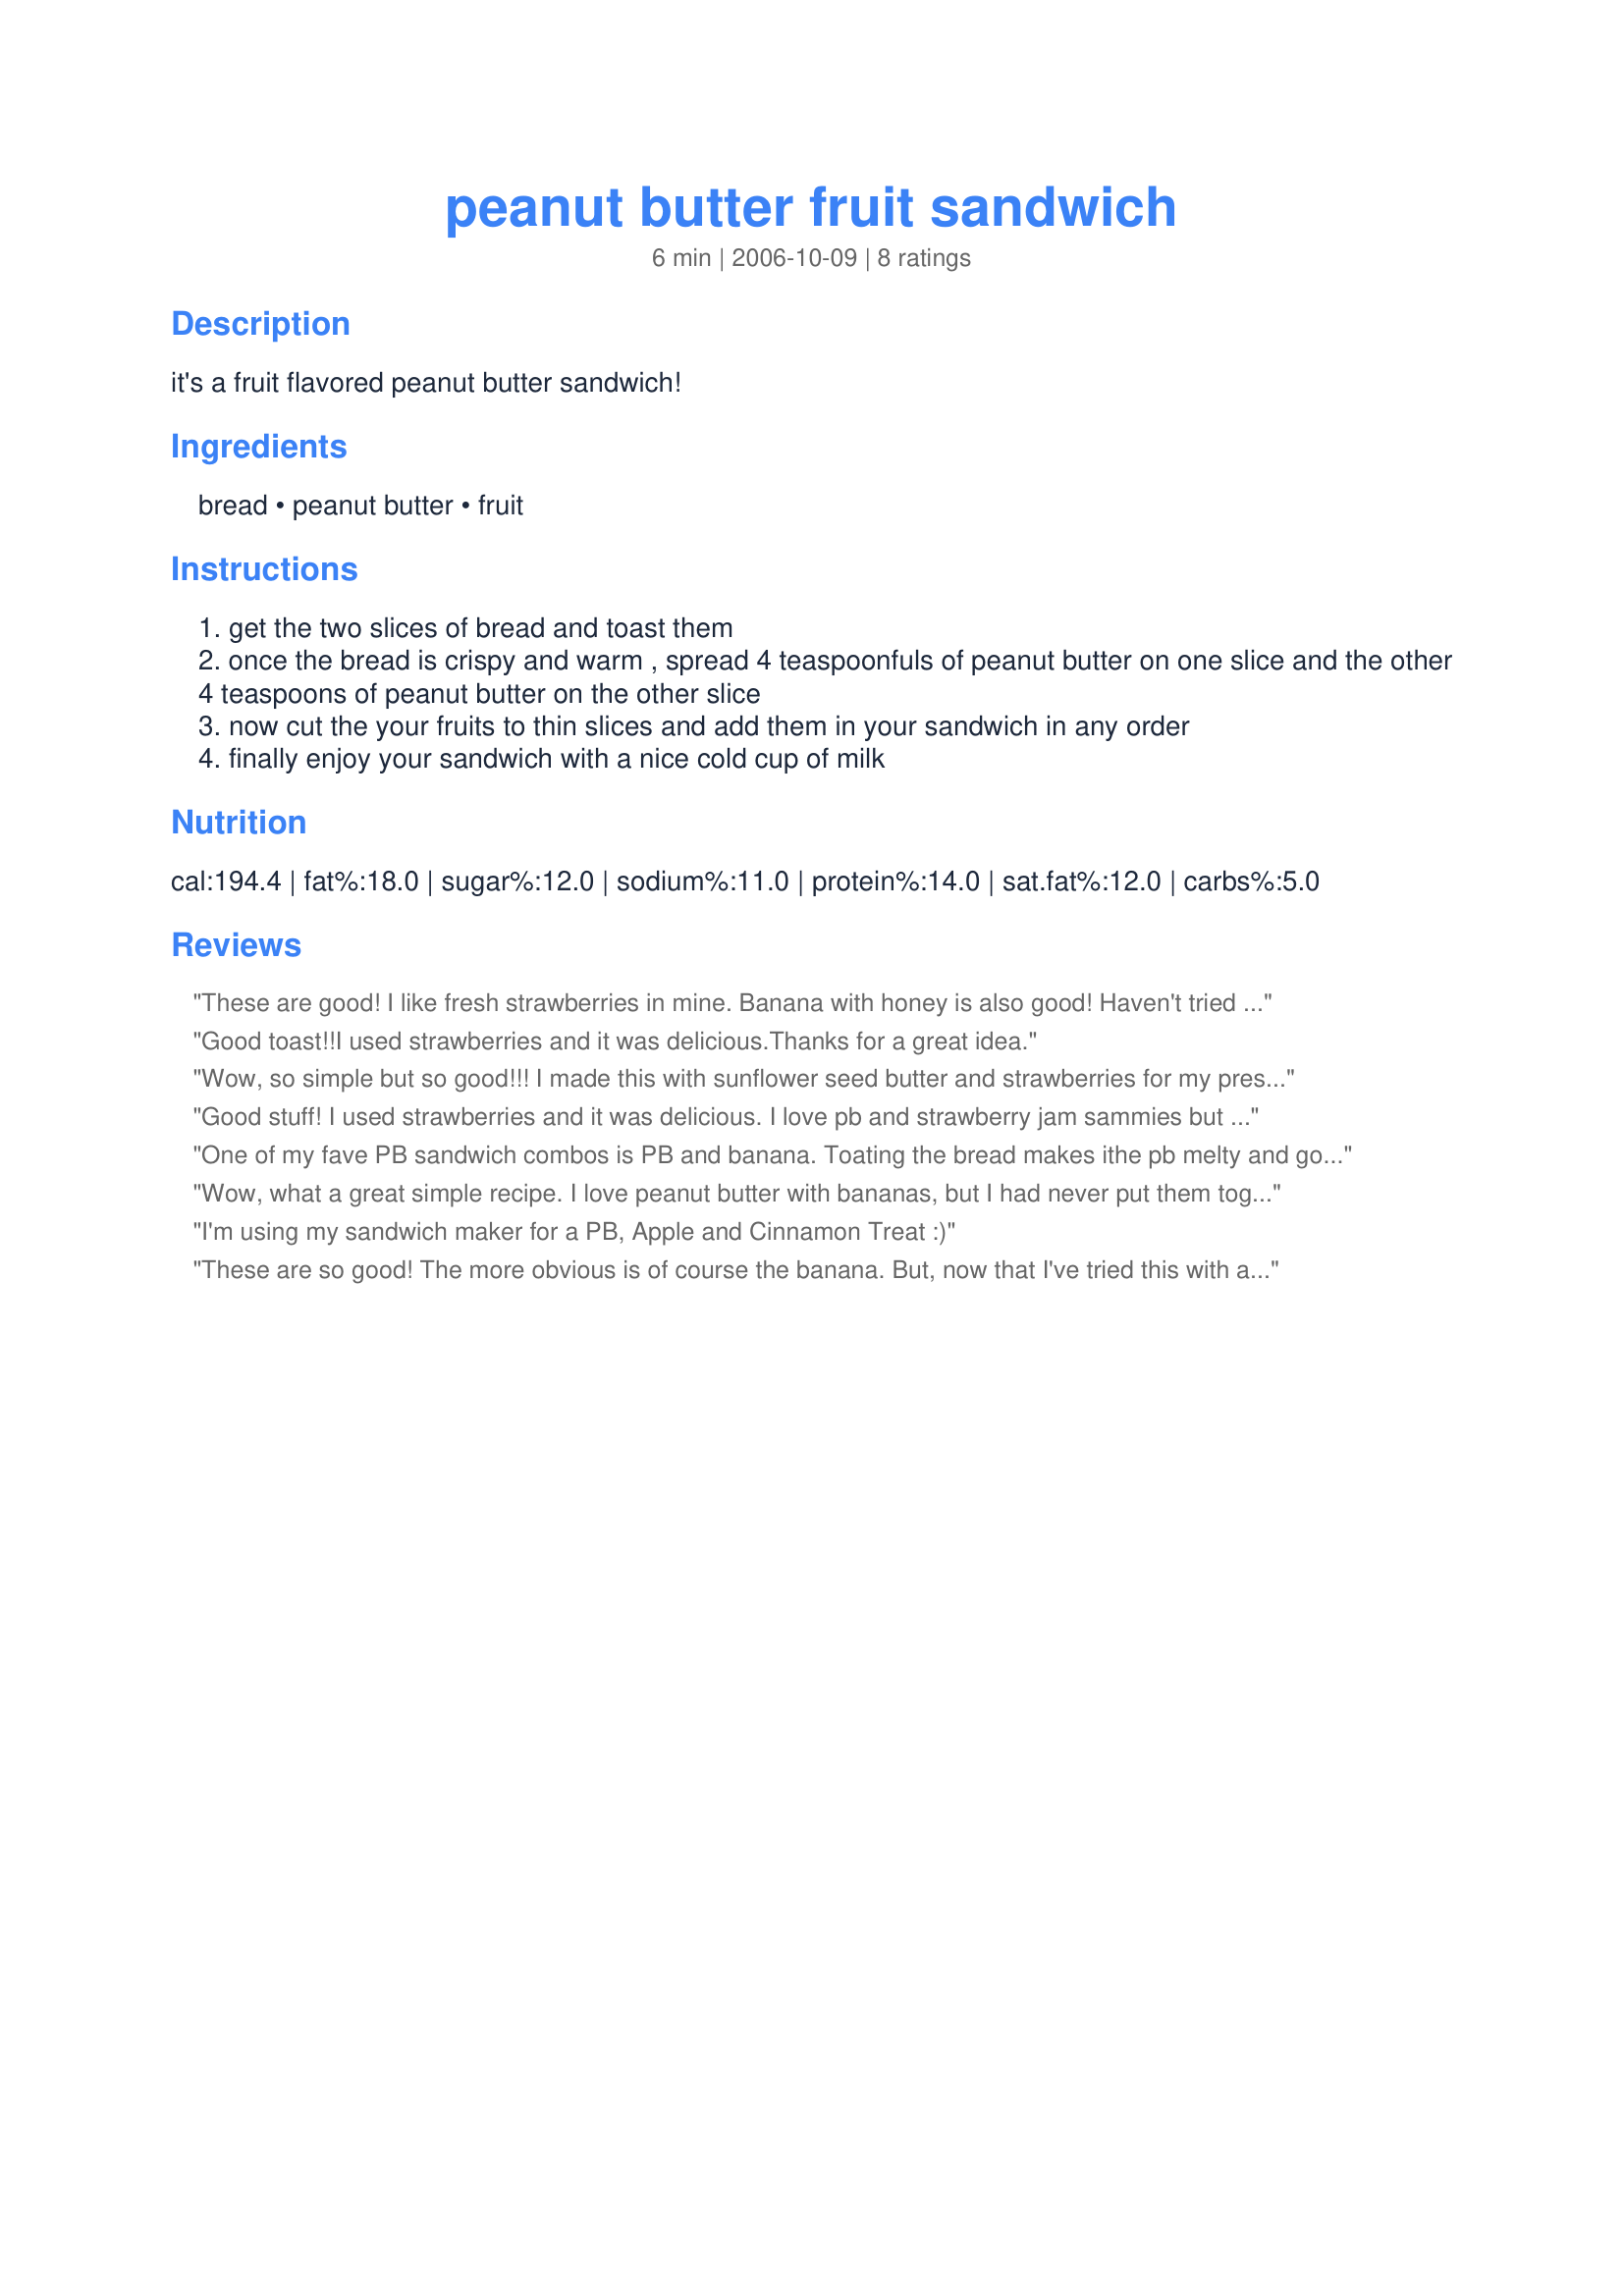
peanut butter fruit sandwich
Preparation time: 6 minutes

it's a fruit flavored peanut butter sandwich!

Ingredients:
bread, peanut butter, fruit

Steps:
get the two slices of bread and toast them
once the bread is crispy and warm , spread 4 teaspoonfuls of peanut butter on one slice and the other 4 teaspoons of peanut butter on the other slice
now cut the your fruits to thin slices and add them in your sandwich in any order
finally enjoy your sandwich with a nice cold cup of milk

Reviews:
These are good!
I like fresh strawberries in mine.
Banana with honey is also good!
Haven't tried it with apple in a sandwich...That might be good, and put a sprinkle of cinnamon in too.
What about fresh peaches??
Good toast!!I used strawberries and it was delicious.Thanks for a great idea.
Wow, so simple but so good!!! I made this with sunflower seed butter and strawberries for my preschoolers today. They absolutely loved it!! What a great change to morning toast!! We will be trying this with lots of different combinations!!! Thanks, what a great idea :) :)
Good stuff! I used strawberries and it was delicious. I love pb and strawberry jam sammies but this was even better - not so sweet and healthier too! Thanks for posting!
One of my fave PB sandwich combos is PB and banana. Toating the bread makes ithe pb melty and gooey and yummy. I have eaten pb and apples many times but have never thought to put the pb and apples onto a sandwich, will have to try that! Pb, honey, and banana is great also. Thanks for posting this, it's going into my tried and loved cookbook. :)
Wow, what a great simple recipe. I love peanut butter with bananas, but I had never put them together in a sandwich. This made a delicious afternoon snack. Thanks for posting this recipe. Adopted for PAC April 2008.
I'm using my sandwich maker for a PB, Apple and Cinnamon Treat :)
These are so good! The more obvious is of course the banana. But, now that I've tried this with apple I see all kinds of possibilities. I will admit that my all time favorite is raisin/peanut butter combo. These are particularly good if you plump the raisins with grape juice(apple juice will also work). It's like eating a healthy version of the PB&J sandwich. I take them to work all the time for a snack, and often get peculiar looks, but man are they ever tasty! Thanks for some more alternatives.
Edited: Forgot to give stars!
